Scottish Leaving Certificate Examination, 1960
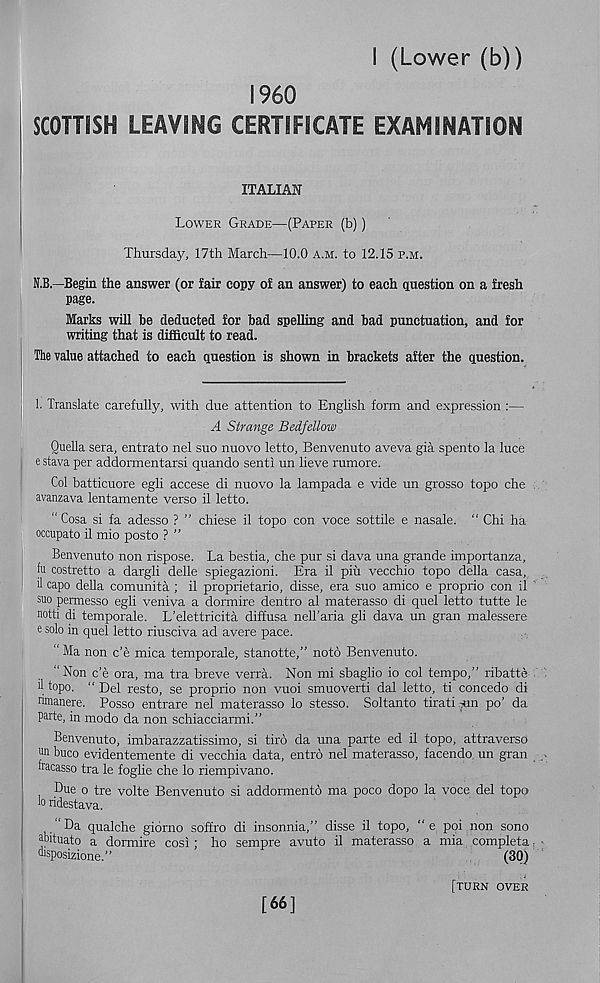
i (Lower (b))
I960
SCOTTISH LEAVING CERTIFICATE EXAMINATION
ITALIAN
Lower Grade—(Paper (b))
Thursday, 17th March—10.0 a.m. to 12.15 p.m.
N.B.—Begin the answer (or fair copy of an answer) to each question on a fresh
page.
Marks will be deducted for bad spelling and bad punctuation, and for
writing that is difficult to read.
The value attached to each question is shown in brackets after the question.
1. Translate carefully, with due attention to English form and expression :—
A Strange Bedfellow
Quella sera, entrato nel suo nuovo letto, Benvenuto aveva gia spento la luce
e stava per addormentarsi quando sent! un lieve rumore.
Col batticuore egli accese di nuovo la lampada e vide un grosso topo che
avanzava lentamente verso il letto.
“ Cosa si fa adesso ? ” chiese il topo con voce sottile e nasale. " Chi ha
occupato il mio posto ? ”
Benvenuto non rispose. La bestia, che pur si dava una grande importanza,
hi costretto a dargli delle spiegazioni. Era il piu vecchio topo della casa,
il capo della comunita ; il proprietario, disse, era suo amico e proprio con il
suo permesso egli veniva a dormire dentro al materasso di quel letto tutte le
notti di temporale. L’elettricita diffusa nell’aria gli dava un gran malessere
e solo in quel letto riusciva ad avere pace.
“ Ma non c’e mica temporale, stanotte,” noto Benvenuto.
“Non c’e ora, ma tra breve verra. Non mi sbaglio io col tempo,” ribatte-
il topo. “ Del resto, se proprio non vuoi smuoverti dal letto, ti concede di
nmanere. Posso entrare nel materasso lo stesso. Soltanto tirati-un po’ da
parte, in modo da non schiacciarmi.”
Benvenuto, imbarazzatissimo, si tiro da una parte ed il topo, attraverso
un buco evidentemente di vecchia data, entro nel materasso, facendo un gran
tracasso tra le foglie che lo riempivano.
Due o tre volte Benvenuto si addormento ma poco dopo la voce del topo
lo ridestava.
"Da qualche giorno so'ffro di insonnia,” disse il topo, “ e poi non sono
npituato a dormire cosi; ho sempre avuto il materasso a mia completa
hisposizione.”
(30)
[turn over
[66]